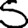
Digit: 5